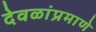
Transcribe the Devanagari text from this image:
देवळांप्रमाणे